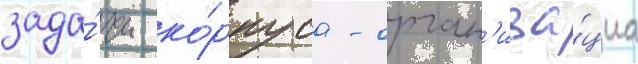
зада́чи ко́рпуса - орган'иза́циа